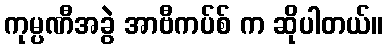
ကုမ္ပဏီအခွဲ အာဗီကပ်စ် က ဆိုပါတယ်။